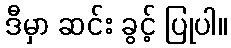
ဒီမှာ ဆင်း ခွင့် ပြုပါ။